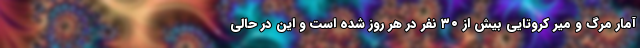
آمار مرگ و میر کروتایی بیش از ۳۰ نفر در هر روز شده است و این در حالی